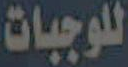
للوجبات